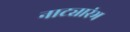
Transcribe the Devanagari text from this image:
नाट्यारंभ